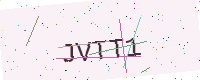
Text: JVTT1